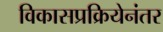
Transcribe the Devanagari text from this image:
विकासप्रक्रियेनंतर